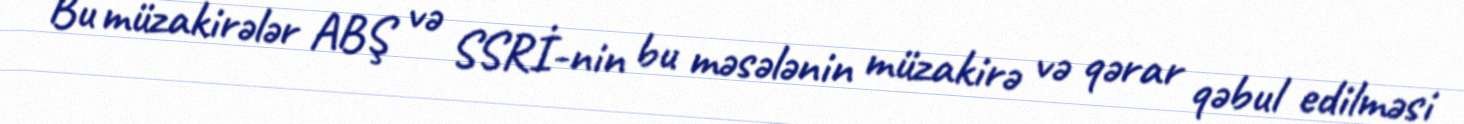
Bu müzakirələr ABŞ və SSRİ-nin bu məsələnin müzakirə və qərar qəbul edilməsi